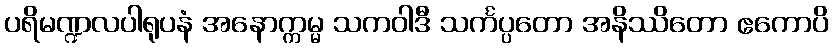
ပရိမဏ္ဍလပါရုပနံ အနောက္ကမ္မ သကဝါဒီ သင်္ကပ္ပတော အနိဿိတော ဧကောပိ